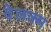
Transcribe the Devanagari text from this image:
वेलक्म